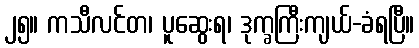
၂၅။ ကသီလင်တ၊ ပူဆွေးရ၊ ဒုက္ခကြီးကျယ်-ခံရပြီ။